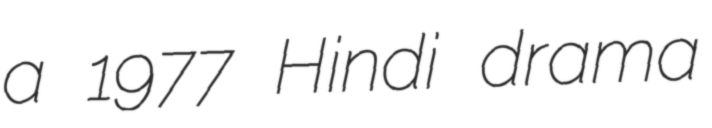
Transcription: a 1977 Hindi drama